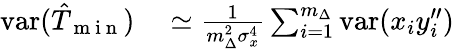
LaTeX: \begin{array}{rl}{\mathrm{var}(\hat{T}_{\mathrm{~m~i~n~}})}&{{}\simeq\frac{1}{m_{\Delta}^{2}\sigma_{x}^{4}}\sum_{i=1}^{m_{\Delta}}\mathrm{var}(x_{i}y_{i}^{\prime\prime})}\end{array}